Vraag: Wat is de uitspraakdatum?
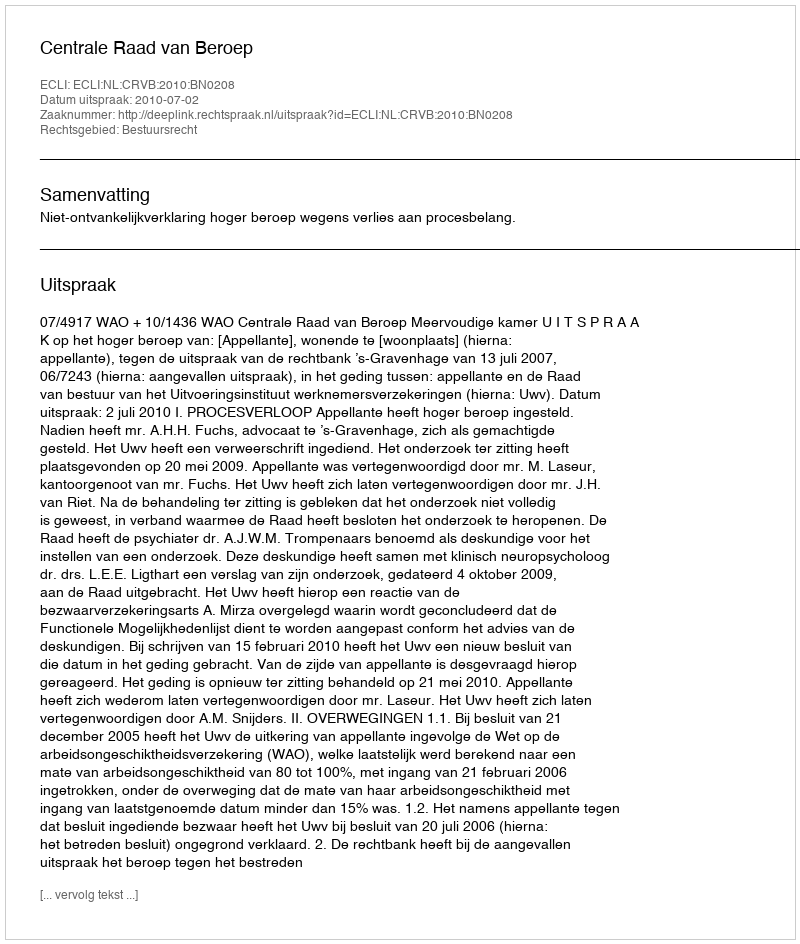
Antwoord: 2010-07-02